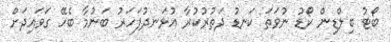
ބޯޓު ބިލްޑިން ކޯޑު ނުވަތަ ކަނޑު ދަތުރުކުރާ އުޅަނދުފަހަރު ބަނުމާ ބެހޭ ގަވައިދަށް